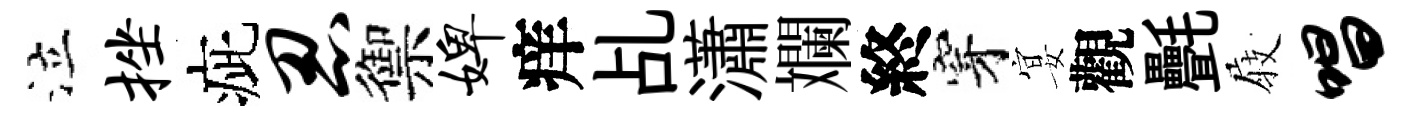
泣挫疵忍禦婢痒乩瀟斕終穿宴觀㲲𡲆唱